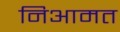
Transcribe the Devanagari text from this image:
निआमत